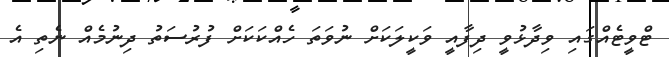
ޓްވީޓެއްގައި ވިދާޅުވީ ދިފާއީ ވަކީލަކަށް ނުވަތަ ހެއްކަކަށް ފުރުސަތު ދިނުމެއް ނެތި އެ